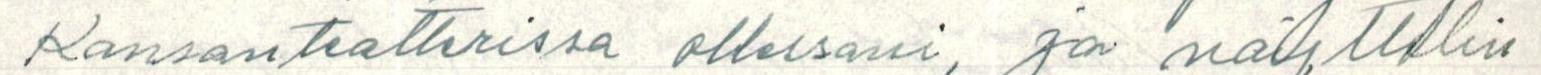
Kansanteatterissa ollessani, ja näyttelin